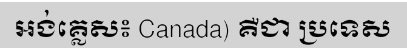
អង់គ្លេស៖ Canada) គឺជា ប្រទេស